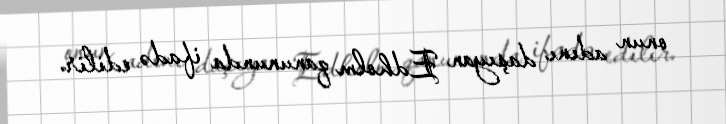
onun adını daşıyan Edholm qanununda ifadə edilir.